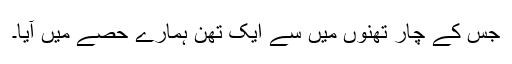
جس کے چار تھنوں میں سے ایک تھن ہمارے حصے میں آیا۔